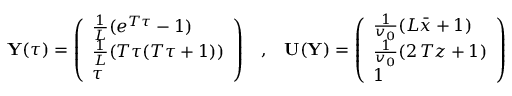
{ \mathbf Y } ( \tau ) = \left( \begin{array} { l } { \frac { 1 } { L } ( e ^ { T \tau } - 1 ) } \\ { \frac { 1 } { L } ( T \tau ( T \tau + 1 ) ) } \\ { \tau } \end{array} \right) \; \; \; , \; \; \; { \mathbf U } ( { \mathbf Y } ) = \left( \begin{array} { l } { \frac { 1 } { v _ { 0 } } ( L \bar { x } + 1 ) } \\ { \frac { 1 } { v _ { 0 } } ( 2 \, T z + 1 ) } \\ { 1 } \end{array} \right)